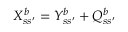
X _ { s s ^ { \prime } } ^ { b } = Y _ { s s ^ { \prime } } ^ { b } + Q _ { s s ^ { \prime } } ^ { b }